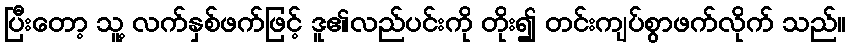
ပြီးတော့ သူ့ လက်နှစ်ဖက်ဖြင့် ဒူ၏လည်ပင်းကို တိုး၍ တင်းကျပ်စွာဖက်လိုက် သည်။